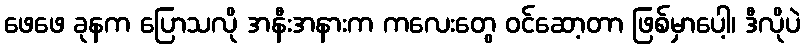
ဖေဖေ ခုနက ပြောသလို အနီးအနားက ကလေးတွေ ဝင်ဆော့တာ ဖြစ်မှာပေါ့၊ ဒီလိုပဲ